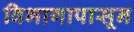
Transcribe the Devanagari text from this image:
विभागापासून